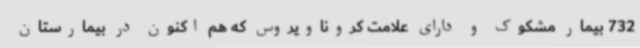
732 بیمار مشکوک و دارای علامت کروناویروس که هم اکنون در بیمارستان